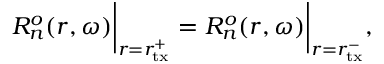
R _ { n } ^ { o } ( r , \omega ) \bigg | _ { r = r _ { \mathrm { t x } } ^ { + } } = R _ { n } ^ { o } ( r , \omega ) \bigg | _ { r = r _ { \mathrm { t x } } ^ { - } } ,